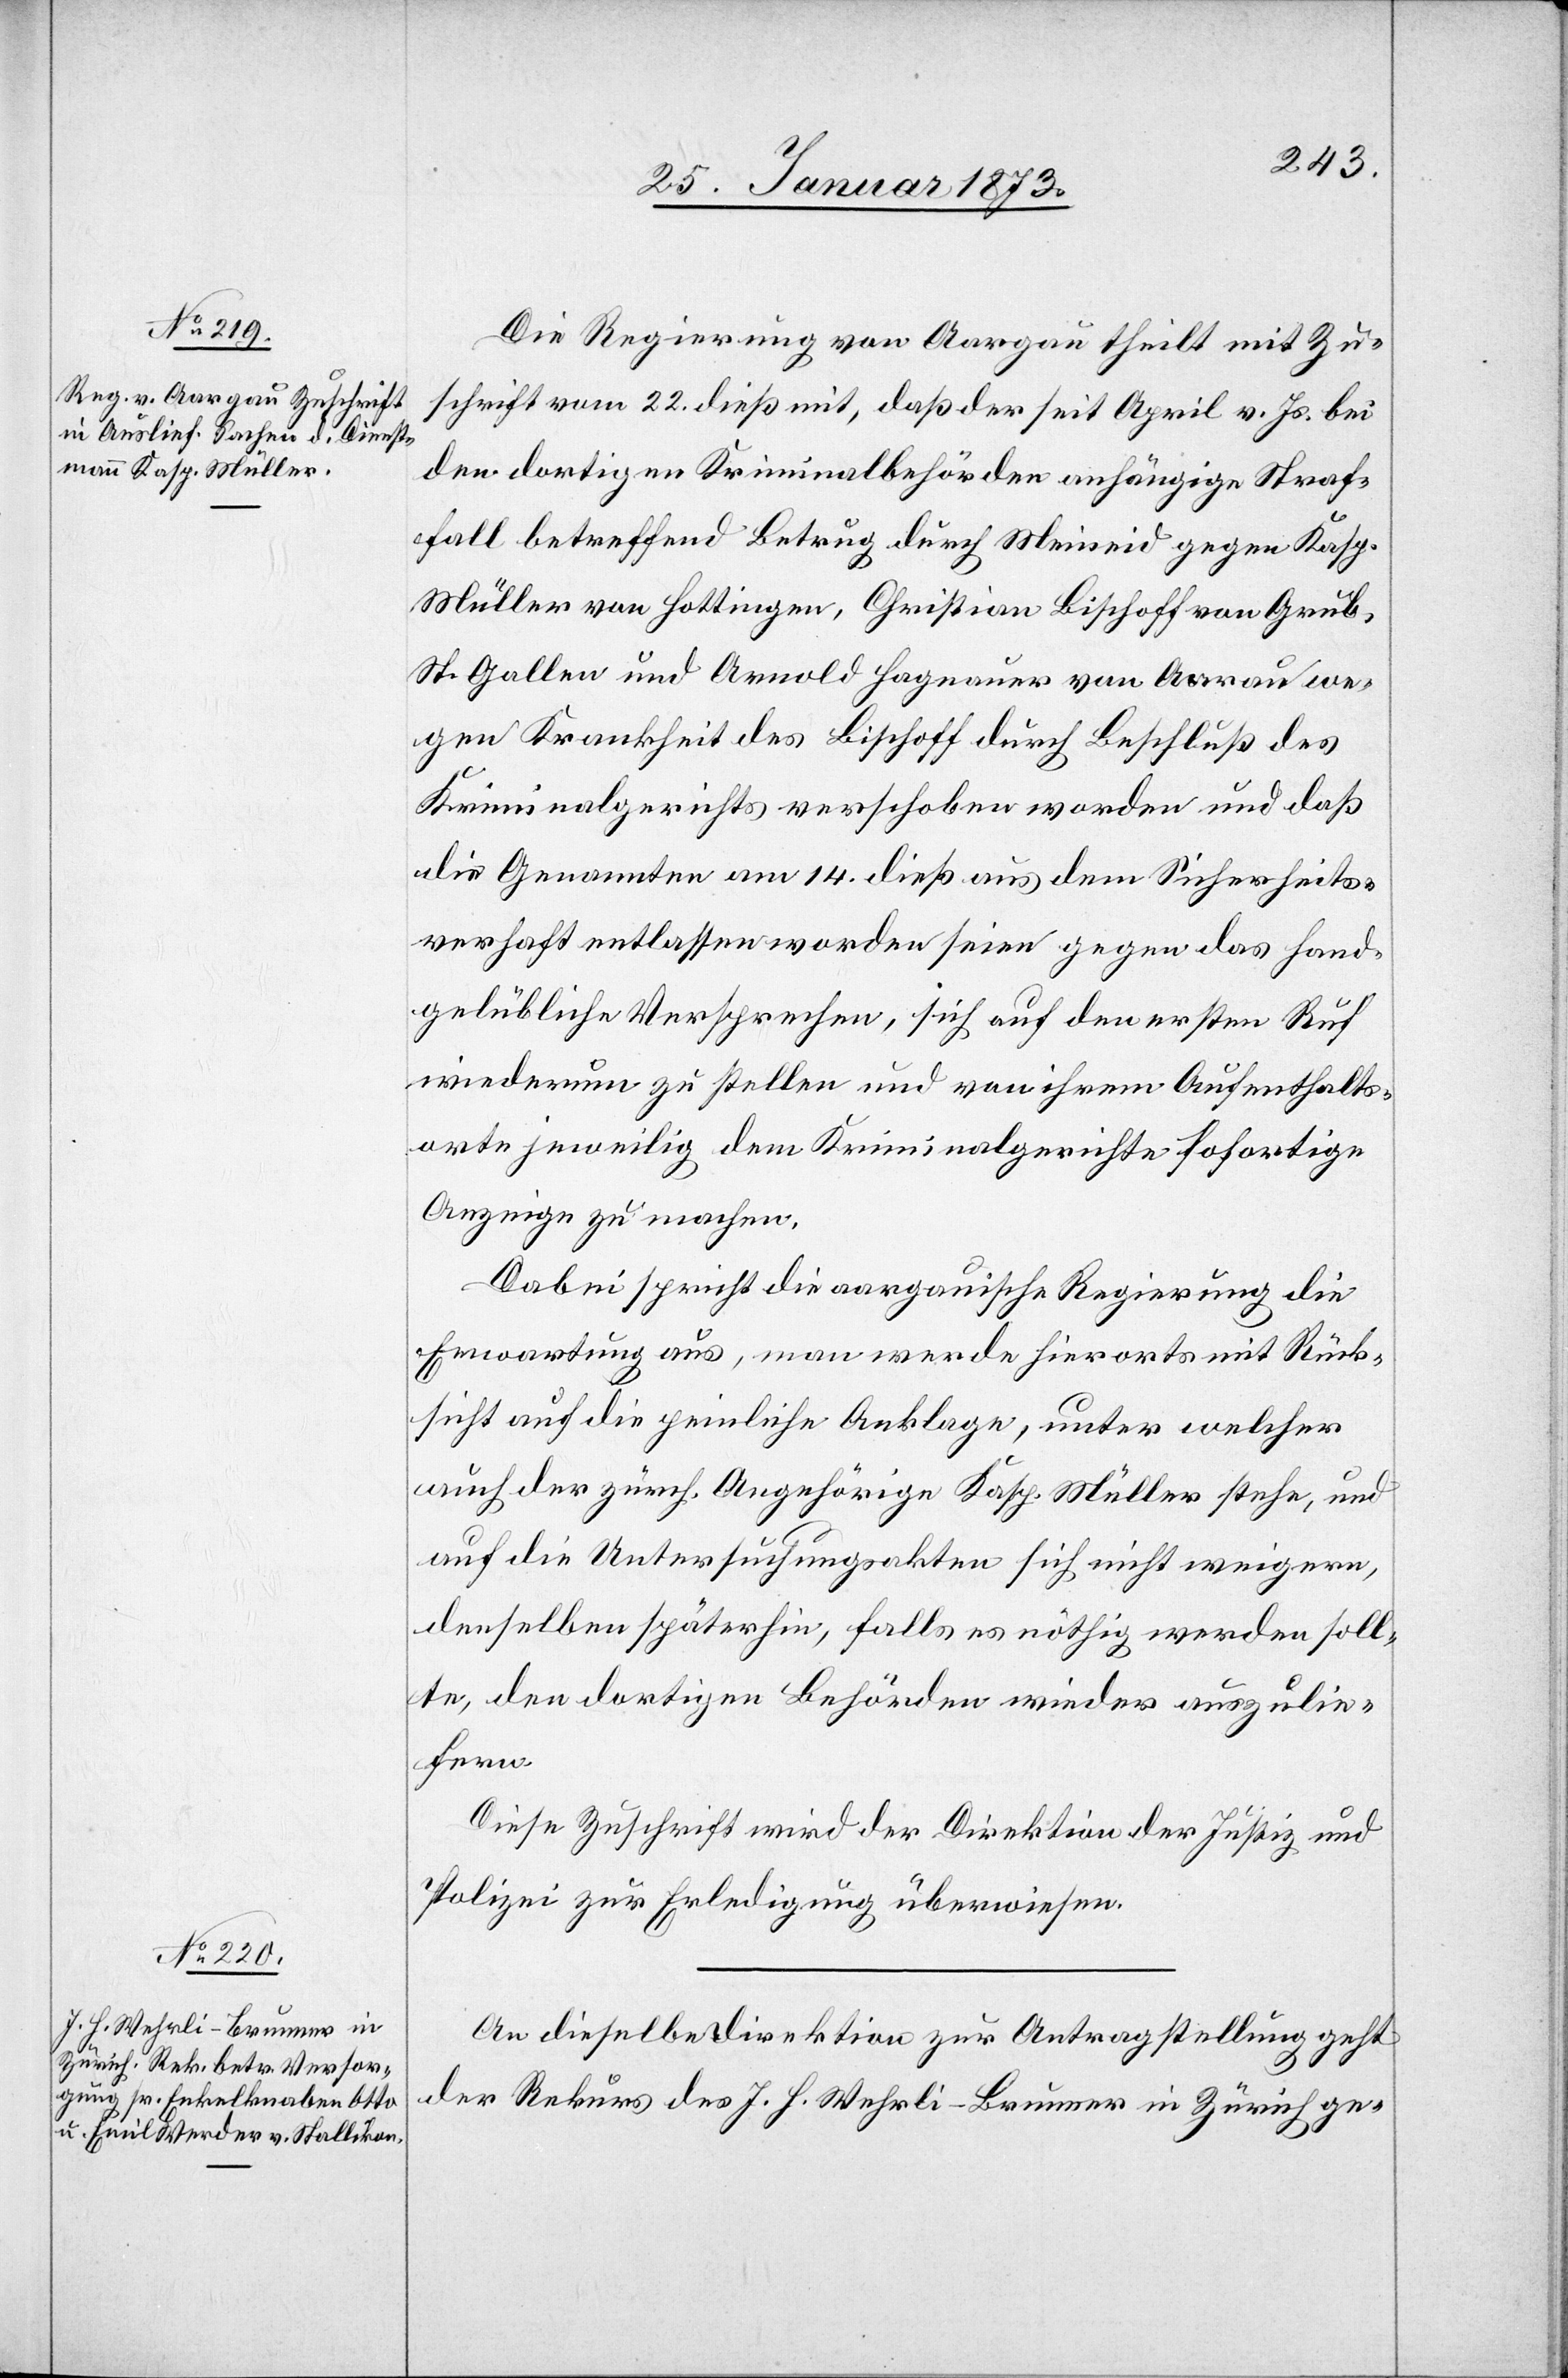
27. Januar 1873.]
Die Regierung von Aargau theilt mit Zu¬
schrift vom 22. dieß mit, daß der seit April v. Js. bei
den dortigen Kriminalbehörden anhängige Straf¬
fall betreffend Betrug durch Meineid gegen Kasp.
Müller von Hottingen, Christian Lischoff von Grub,
St. Gallen und Arnold Hagnauer von Aarau we¬
gen Krankheit des Lischoff durch Beschluß des
Kriminalgerichts verschoben worden und daß
die Genannten am 14. dieß aus dem Sicherheits¬
verhaft entlassen worden seien gegen das hand¬
gelübliche Versprechen, sich auf den ersten Ruf
wiederum zu stellen und von ihrem Aufenthalts¬
orte jeweilig dem Kriminalgerichte sofortige
Anzeige zu machen.
Dabei spricht die aargauische Regierung die
Erwartung aus, man werde hierorts mit Rück¬
sicht auf die peinliche Anklage, unter welcher
auch der zürch. Angehörige Kasp. Müller stehe, und
auf die Untersuchungsakten sich nicht weigern,
denselben späterhin, falls es nöthig werden soll¬
te, den dortigen Behörden wieder auszulie¬
fern.
Diese Zuschrift wird der Direktion der Justiz u.
Polizei zur Erledigung überwiesen.
An dieselbe Direktion zur Antragstellung geht
der Rekurs des J. H. Wehrli-Brunner in Zürich ge-